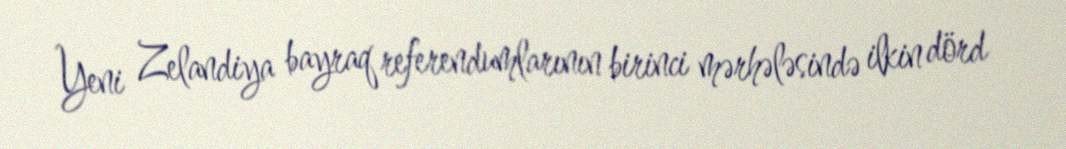
Yeni Zelandiya bayraq referendumlarının birinci mərhələsində ilkin dörd